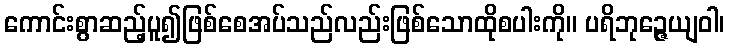
ကောင်းစွာဆည့်ပူ၍ဖြစ်စေအပ်သည်လည်းဖြစ်သောထိုစပါးကို။ ပရိဘုဉ္ဇေယျဝါ၊